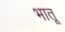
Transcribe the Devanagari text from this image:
भातू